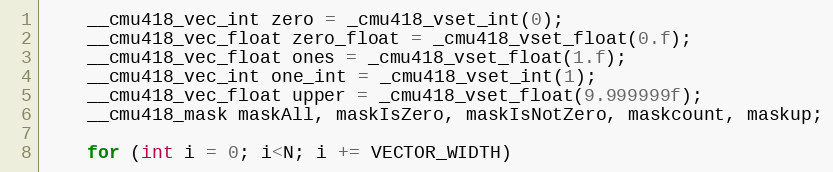
Language: C++
	__cmu418_vec_int zero = _cmu418_vset_int(0);
	__cmu418_vec_float zero_float = _cmu418_vset_float(0.f);
	__cmu418_vec_float ones = _cmu418_vset_float(1.f);
	__cmu418_vec_int one_int = _cmu418_vset_int(1);
	__cmu418_vec_float upper = _cmu418_vset_float(9.999999f);
	__cmu418_mask maskAll, maskIsZero, maskIsNotZero, maskcount, maskup;

	for (int i = 0; i<N; i += VECTOR_WIDTH)